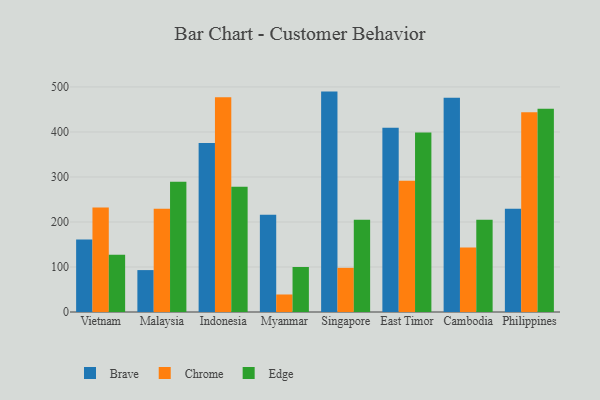
{"axis": {"x": "Country", "y": "Headcount"}, "legend": ["Brave", "Chrome", "Edge"], "data": [{"x": "Vietnam", "y": 161.0, "type": "Brave"}, {"x": "Vietnam", "y": 232.4, "type": "Chrome"}, {"x": "Vietnam", "y": 127.2, "type": "Edge"}, {"x": "Malaysia", "y": 93.1, "type": "Brave"}, {"x": "Malaysia", "y": 229.6, "type": "Chrome"}, {"x": "Malaysia", "y": 289.5, "type": "Edge"}, {"x": "Indonesia", "y": 375.6, "type": "Brave"}, {"x": "Indonesia", "y": 477.1, "type": "Chrome"}, {"x": "Indonesia", "y": 278.1, "type": "Edge"}, {"x": "Myanmar", "y": 215.9, "type": "Brave"}, {"x": "Myanmar", "y": 38.9, "type": "Chrome"}, {"x": "Myanmar", "y": 100.0, "type": "Edge"}, {"x": "Singapore", "y": 489.7, "type": "Brave"}, {"x": "Singapore", "y": 98.1, "type": "Chrome"}, {"x": "Singapore", "y": 204.8, "type": "Edge"}, {"x": "East Timor", "y": 409.5, "type": "Brave"}, {"x": "East Timor", "y": 291.5, "type": "Chrome"}, {"x": "East Timor", "y": 399.1, "type": "Edge"}, {"x": "Cambodia", "y": 475.8, "type": "Brave"}, {"x": "Cambodia", "y": 143.1, "type": "Chrome"}, {"x": "Cambodia", "y": 205.2, "type": "Edge"}, {"x": "Philippines", "y": 229.6, "type": "Brave"}, {"x": "Philippines", "y": 444.0, "type": "Chrome"}, {"x": "Philippines", "y": 451.5, "type": "Edge"}]}